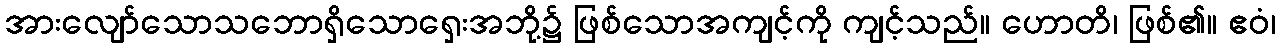
အားလျော်သောသဘောရှိသောရှေးအဘို့၌ ဖြစ်သောအကျင့်ကို ကျင့်သည်။ ဟောတိ၊ ဖြစ်၏။ ဧဝံ၊